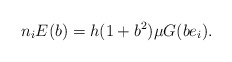
\begin{align*}n_i E(b)=h(1+b^2)\mu G(be_i). \end{align*}